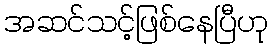
အဆင်သင့်ဖြစ်နေပြီဟု